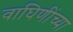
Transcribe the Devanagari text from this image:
वाघिणींच्या